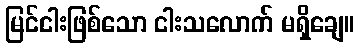
မြင်ငါးဖြစ်သော ငါးသလောက် မရှိချေ။